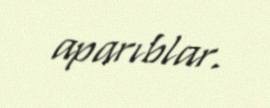
aparıblar.